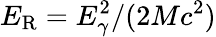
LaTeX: E_{\textrm{R}}=E_{\gamma}^{2}/(2Mc^{2})